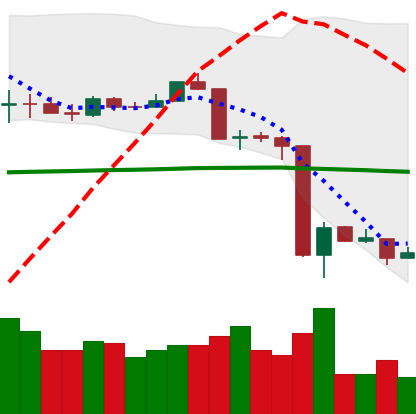
Ticker: ETH-USD
Chart end date: 2020-03-17
Forward return: 8.231%
Label: up_7plus